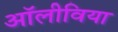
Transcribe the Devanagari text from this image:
अॉलीविया